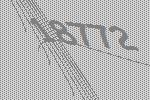
18772